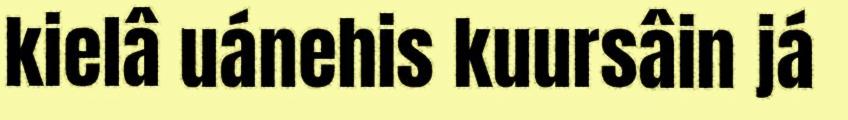
kielâ uánehis kuursâin já